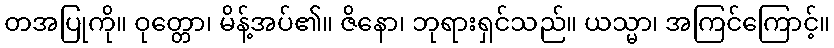
တအပြုကို။ ဝုတ္တော၊ မိန့်အပ်၏။ ဇိနော၊ ဘုရားရှင်သည်။ ယသ္မာ၊ အကြင်ကြောင့်။